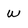
Character: w